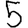
Digit: 5